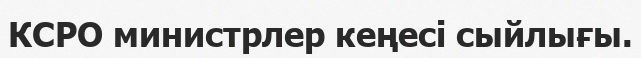
КСРО министрлер кеңесі сыйлығы.